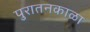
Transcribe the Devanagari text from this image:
पुरातनकाळा